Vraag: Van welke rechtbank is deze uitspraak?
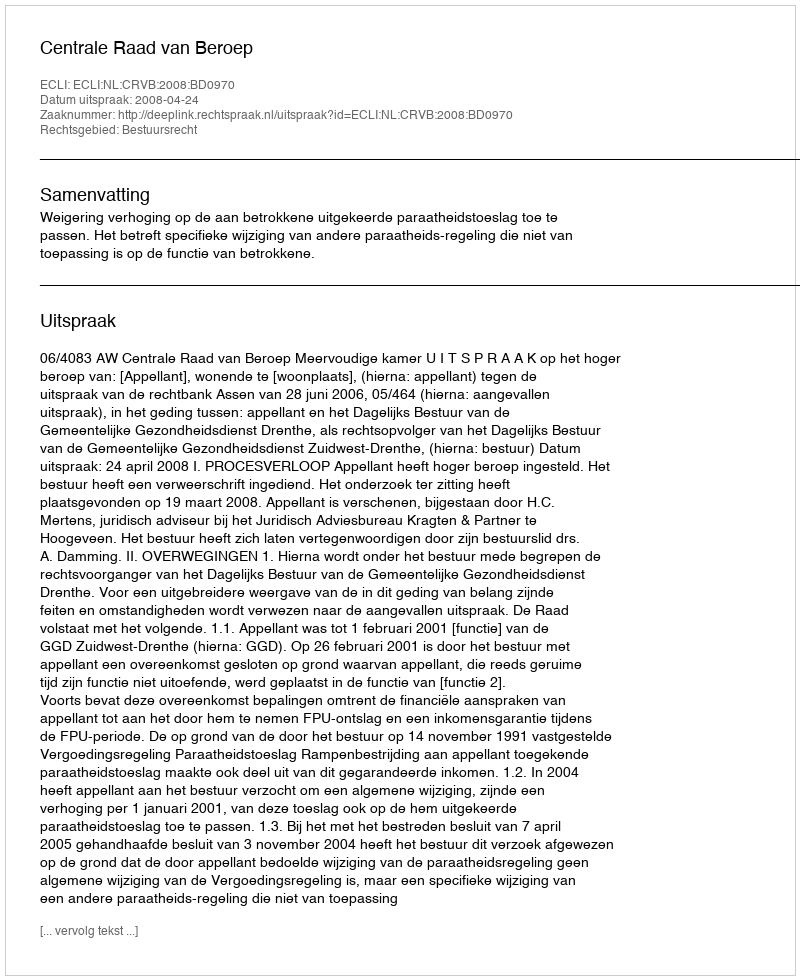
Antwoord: Centrale Raad van Beroep